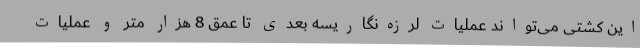
این کشتی می‌تواند عملیات لرزه‌نگاریسه بعدی تا عمق 8 هزار متر و عملیات